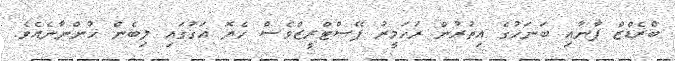
ބްރެޑްޒް ޕާނާއި ބަނަހުގެ އިތުރުން ރަހަމީރު ޕޭސްޓްރީޒްވެސް ހެޔޮ އަގުގައި ލިބެން ހުންނާނެއެވެ.